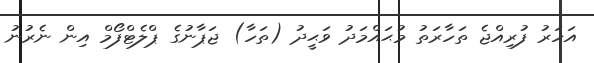
އަހަރު ފުރިއްޖެ ތަހާރަތު މުޙައްމަދު ވަޙީދު (ތަހާ) ޖަޕާނުގެ ޕްލެޓްފޯމް އިން ނެރުނު